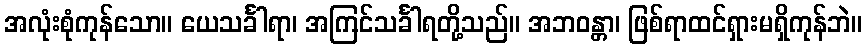
အလုံးစုံကုန်သော။ ယေသင်္ခါရာ၊ အကြင်သင်္ခါရတို့သည်။ အဘဝန္တာ၊ ဖြစ်ရာထင်ရှားမရှိကုန်ဘဲ။